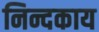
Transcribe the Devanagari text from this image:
निन्दकाय